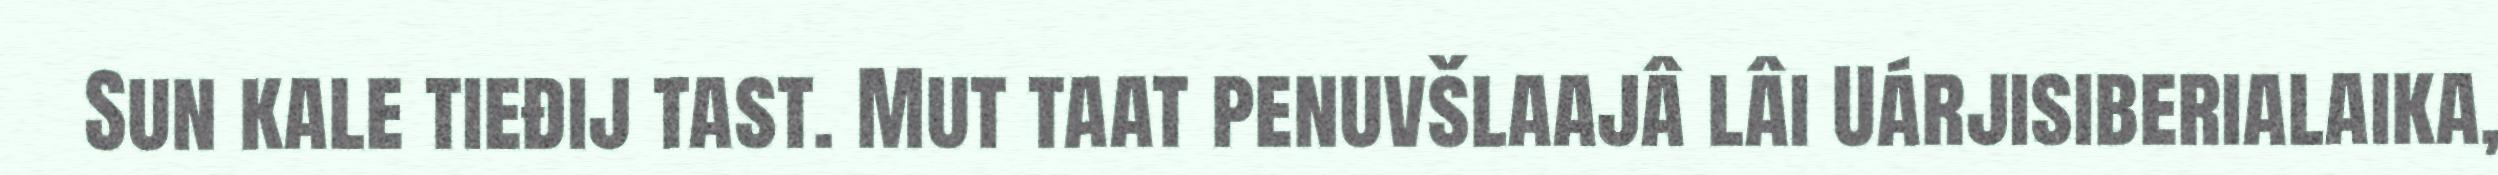
Sun kale tieđij tast. Mut taat penuvšlaajâ lâi Uárjisiberialaika,